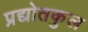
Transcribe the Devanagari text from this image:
प्रद्योतकुल